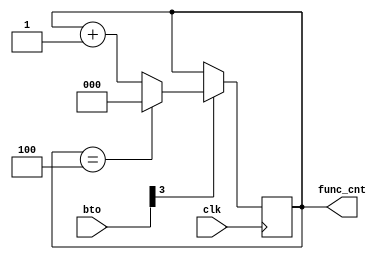
`timescale 1ns / 1ps
//////////////////////////////////////////////////////////////////////////////////
// Company: 
// Engineer: 
// 
// Design Name: 
// Module Name: func_ch
// Project Name: 
// Target Devices: 
// Tool Versions: 
// Description: 
// 
// Dependencies: 
// 
// Revision:
// Revision 0.01 - File Created
// Additional Comments:
// 
//////////////////////////////////////////////////////////////////////////////////


module func_ch(
    input clk,
    input wire [3:0] bto,
    output reg [2:0] func_cnt
    );
    
initial begin
    func_cnt = 0;
end

always@(posedge clk) begin
    if(bto[3] == 1) begin
        if(func_cnt == 4) begin
            func_cnt = 0;
        end
        else begin
            func_cnt = func_cnt + 1;
        end
    end
end

endmodule